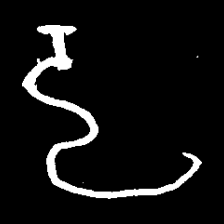
Pyu character \u2014 Myanmar letter: ဠ (romanized: lla)